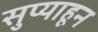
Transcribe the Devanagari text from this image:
सुप्याहून